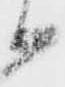
候